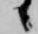
候